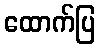
ထောက်ပြ